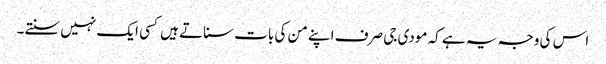
اس کی وجہ یہ ہے کہ مودی جی صرف اپنے من کی بات سناتے ہیں کسی ایک نہیں سنتے۔